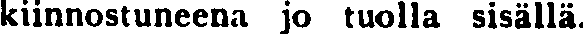
kiinnostuneena jo tuolla sisällä.